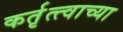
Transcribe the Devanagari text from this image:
कर्तृत्त्वाच्या